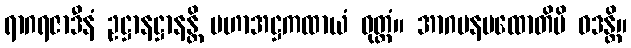
ရာဂရဇာဒီနံ ဥဋ္ဌာနဋ္ဌာနန္တိ မဟာအဋ္ဌကထာယံ ဝုတ္တံ။ အာဂမနပထောတိပိ ဝဒန္တိ။